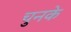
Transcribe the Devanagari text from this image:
चुनके